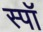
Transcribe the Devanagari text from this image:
स्पॉ